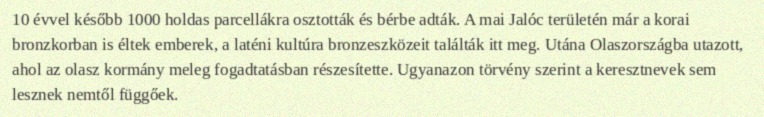
10 évvel később 1000 holdas parcellákra osztották és bérbe adták. A mai Jalóc területén már a korai bronzkorban is éltek emberek, a laténi kultúra bronzeszközeit találták itt meg. Utána Olaszországba utazott, ahol az olasz kormány meleg fogadtatásban részesítette. Ugyanazon törvény szerint a keresztnevek sem lesznek nemtől függőek.